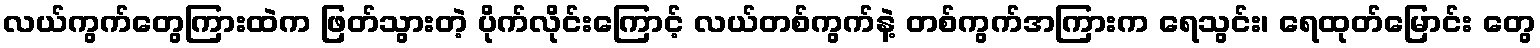
လယ်ကွက်တွေကြားထဲက ဖြတ်သွားတဲ့ ပိုက်လိုင်းကြောင့် လယ်တစ်ကွက်နဲ့ တစ်ကွက်အကြားက ရေသွင်း၊ ရေထုတ်မြောင်း တွေ